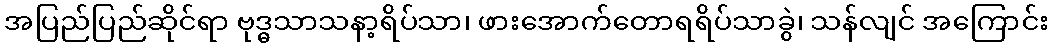
အပြည်ပြည်ဆိုင်ရာ ဗုဒ္ဓသာသနာ့ရိပ်သာ၊ ဖားအောက်တောရရိပ်သာခွဲ၊ သန်လျင် အကြောင်း